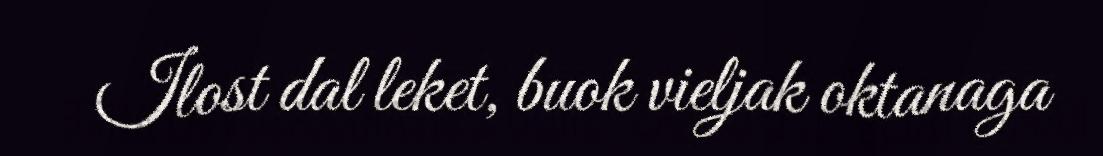
Ilost dal leket, buok vieljak oktanaga